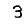
Digit: 3